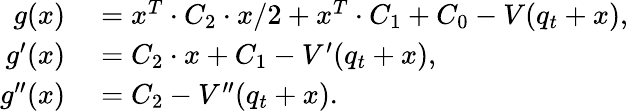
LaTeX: \begin{array}{rl}{g(x)}&{{}=x^{T}\cdot C_{2}\cdot x/2+x^{T}\cdot C_{1}+C_{0}-V(q_{t}+x),}\\ {g^{\prime}(x)}&{{}=C_{2}\cdot x+C_{1}-V^{\prime}(q_{t}+x),}\\ {g^{\prime\prime}(x)}&{{}=C_{2}-V^{\prime\prime}(q_{t}+x).}\end{array}